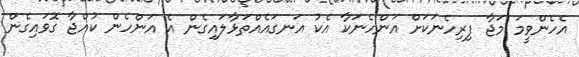
އެހެންވީމަ މަޖާ ފިރިހެނަކަށް އަންހެނަކާ އެކު އަނގައެއްތަޅާލައިގެން އެ އަންހެން ކުއްޖާ ގޮވައިގެން